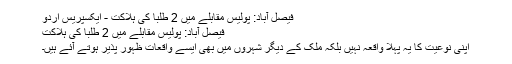
فیصل آباد: پولیس مقابلے میں 2 طلبا کی ہلاکت - ایکسپریس اردو
فیصل آباد: پولیس مقابلے میں 2 طلبا کی ہلاکت
اپنی نوعیت کا یہ پہلا واقعہ نہیں بلکہ ملک کے دیگر شہروں میں بھی ایسے واقعات ظہور پذیر ہوتے آئے ہیں۔